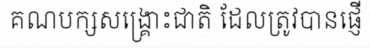
គណបក្សសង្គ្រោះជាតិ ដែលត្រូវបានផ្ញើ